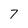
Character: 7